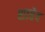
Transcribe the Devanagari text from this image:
शाहेद